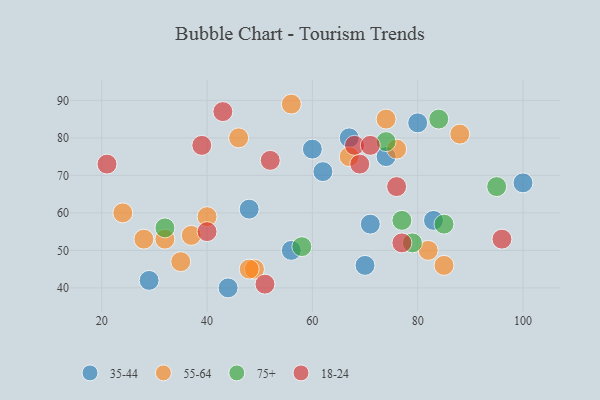
{"axis": {"x": "GDP", "y": "Life Expectancy"}, "legend": ["18-24", "35-44", "55-64", "75+"], "data": [{"x": "62", "y": 71, "type": "35-44"}, {"x": "44", "y": 40, "type": "35-44"}, {"x": "83", "y": 58, "type": "35-44"}, {"x": "70", "y": 46, "type": "35-44"}, {"x": "74", "y": 75, "type": "35-44"}, {"x": "56", "y": 50, "type": "35-44"}, {"x": "48", "y": 61, "type": "35-44"}, {"x": "100", "y": 68, "type": "35-44"}, {"x": "67", "y": 80, "type": "35-44"}, {"x": "60", "y": 77, "type": "35-44"}, {"x": "80", "y": 84, "type": "35-44"}, {"x": "71", "y": 57, "type": "35-44"}, {"x": "29", "y": 42, "type": "35-44"}, {"x": "32", "y": 53, "type": "55-64"}, {"x": "85", "y": 46, "type": "55-64"}, {"x": "37", "y": 54, "type": "55-64"}, {"x": "49", "y": 45, "type": "55-64"}, {"x": "40", "y": 59, "type": "55-64"}, {"x": "56", "y": 89, "type": "55-64"}, {"x": "74", "y": 85, "type": "55-64"}, {"x": "82", "y": 50, "type": "55-64"}, {"x": "76", "y": 77, "type": "55-64"}, {"x": "35", "y": 47, "type": "55-64"}, {"x": "46", "y": 80, "type": "55-64"}, {"x": "67", "y": 75, "type": "55-64"}, {"x": "48", "y": 45, "type": "55-64"}, {"x": "24", "y": 60, "type": "55-64"}, {"x": "88", "y": 81, "type": "55-64"}, {"x": "28", "y": 53, "type": "55-64"}, {"x": "85", "y": 57, "type": "75+"}, {"x": "95", "y": 67, "type": "75+"}, {"x": "32", "y": 56, "type": "75+"}, {"x": "77", "y": 58, "type": "75+"}, {"x": "79", "y": 52, "type": "75+"}, {"x": "84", "y": 85, "type": "75+"}, {"x": "58", "y": 51, "type": "75+"}, {"x": "74", "y": 79, "type": "75+"}, {"x": "69", "y": 73, "type": "18-24"}, {"x": "39", "y": 78, "type": "18-24"}, {"x": "40", "y": 55, "type": "18-24"}, {"x": "68", "y": 78, "type": "18-24"}, {"x": "77", "y": 52, "type": "18-24"}, {"x": "43", "y": 87, "type": "18-24"}, {"x": "71", "y": 78, "type": "18-24"}, {"x": "76", "y": 67, "type": "18-24"}, {"x": "96", "y": 53, "type": "18-24"}, {"x": "21", "y": 73, "type": "18-24"}, {"x": "52", "y": 74, "type": "18-24"}, {"x": "51", "y": 41, "type": "18-24"}]}